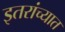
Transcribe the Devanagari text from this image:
इतरांच्यात